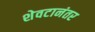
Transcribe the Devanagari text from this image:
शेवटानंतर